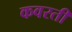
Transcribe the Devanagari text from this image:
कवरती